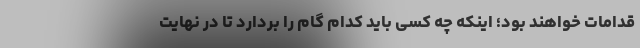
قدامات خواهند بود؛ اینکه چه کسی باید کدام گام را بردارد تا در نهایت